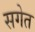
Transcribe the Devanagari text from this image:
सगेत